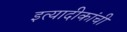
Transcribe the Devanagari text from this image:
इत्यादीकांची